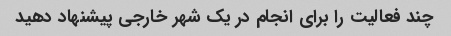
چند فعالیت را برای انجام در یک شهر خارجی پیشنهاد دهید